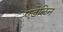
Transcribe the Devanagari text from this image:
एडेलिन